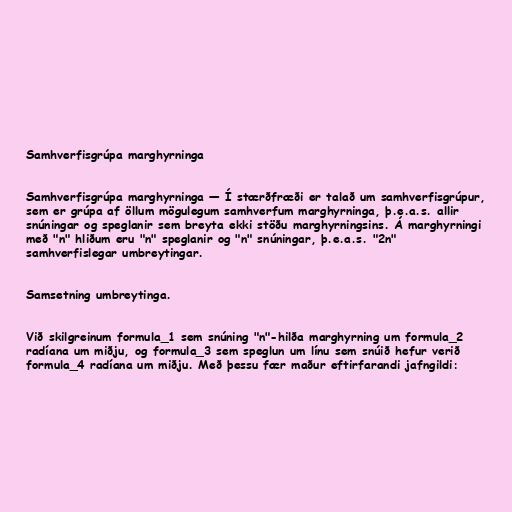
Samhverfisgrúpa marghyrninga

Samhverfisgrúpa marghyrninga — Í stærðfræði er talað um samhverfisgrúpur,
sem er grúpa af öllum mögulegum samhverfum marghyrninga, þ.e.a.s. allir
snúningar og speglanir sem breyta ekki stöðu marghyrningsins. Á marghyrningi
með "n" hliðum eru "n" speglanir og "n" snúningar, þ.e.a.s. "2n"
samhverfislegar umbreytingar.

Samsetning umbreytinga.

Við skilgreinum formula_1 sem snúning "n"-hilða marghyrning um formula_2
radíana um miðju, og formula_3 sem speglun um línu sem snúið hefur verið
formula_4 radíana um miðju. Með þessu fær maður eftirfarandi jafngildi: